Civil Veterinary Dept. Bombay admin report 1923-31 - 1923-1931
Year: 1923
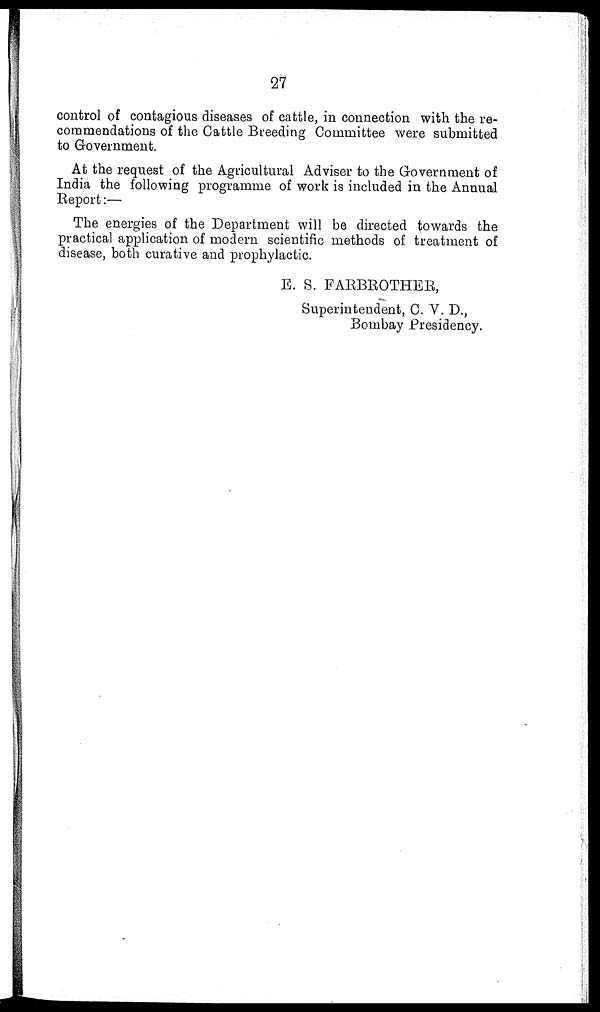
27
control of contagious diseases of cattle, in connection with the re-
commendations of the Cattle Breeding Committee were submitted
to Government.
At the request of the Agricultural Adviser to the Government of
India the following programme of work is included in the Annual
Report:—
The energies of the Department will be directed towards the
practical application of modern scientific methods of treatment of
disease, both curative and prophylactic.
E. S. FARBROTHER,
Superintendent, C. V. D.,
Bombay Presidency.